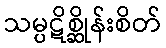
သမ္ပဋိစ္ဆိုန်းစိတ်